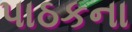
પાઠકના